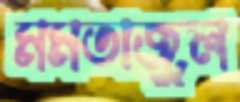
মমতাজুল